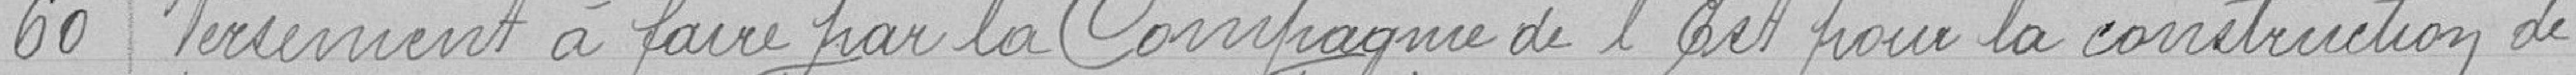
60 Versement à faire par la Compagnie de l'Est pour la construction de